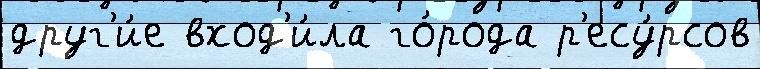
друг'и́е вход'и́ла го́рода р'есу́рсов